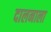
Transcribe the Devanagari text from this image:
दालनाला